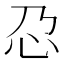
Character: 𫹭